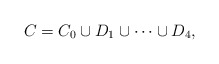
\begin{align*} C = C_0 \cup D_1 \cup \dots \cup D_4, \end{align*}